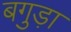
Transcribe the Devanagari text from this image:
बगुड़ा